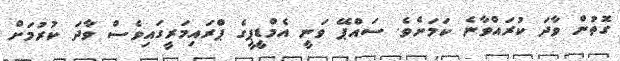
ގޮތުން ވާދަ ކުރައްވާނެ ކަމަށެވެ. ސައްޕޭ ވަނީ އެމްޑީޕީގެ ޕްރައިމަރީގައިވެސް ވާދަ ކުރުމަށް